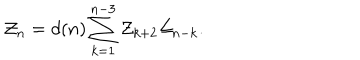
{ \cal Z } _ { n } = d ( n ) \sum _ { k = 1 } ^ { n - 3 } { \cal Z } _ { k + 2 } { \cal Z } _ { n - k } .